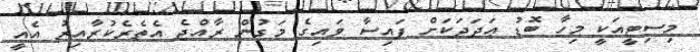
މިސިޓީއަކީ މިހާ ބޮޑު ޢަދަދަކަށް ފައިސާ ވައިގެ މަގުން ރާއްޖެ އެތެރެކުރާއިރު އެއީ